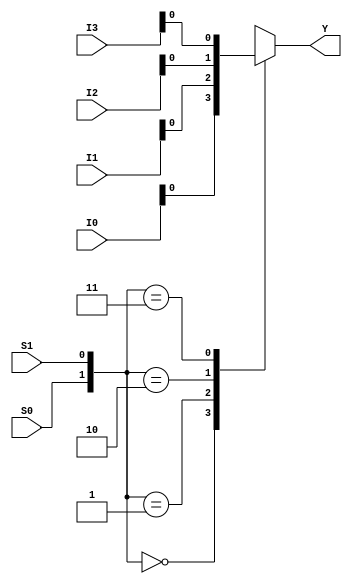
module mux_4to1_v2(I0, I1, I2, I3, S0, S1, Y);

output reg Y;
input [3:0] I0, I1, I2, I3;
input S0, S1;

always @ (*) begin

case ({S0, S1})
    2'b00 : Y = I0;
    2'b01 : Y = I1;
    2'b10 : Y = I2;
    2'b11 : Y = I3;
endcase

end

endmodule